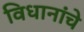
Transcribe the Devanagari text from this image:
विधानांचे